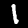
Label: 1